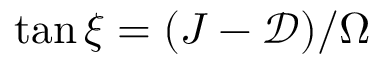
\tan \xi = ( J - \mathcal { D } ) / \Omega